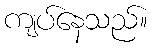
ကျပ်နေသည်။